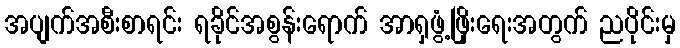
အပျက်အစီးစာရင်း ရခိုင်အစွန်းရောက် အာရှဖွံ့ဖြိုးရေးအတွက် ညပိုင်းမှ